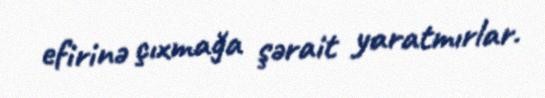
efirinə çıxmağa şərait yaratmırlar.